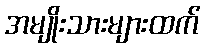
အမျိုးသားများထက်